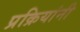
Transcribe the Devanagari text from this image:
प्रक्रियांनी